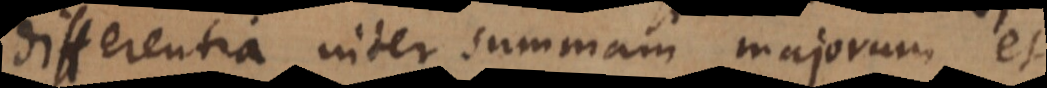
differentia inter summam majorum et